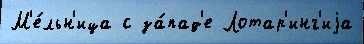
М'е́льн'ица с за́пад'е Лотар'инг'иjа